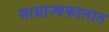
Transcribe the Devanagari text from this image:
साम्राज्यकालात